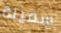
سمينة